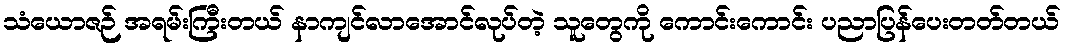
သံယောဇဉ် အရမ်းကြီးတယ် နာကျင်လာအောင်လုပ်တဲ့ သူတွေကို ကောင်းကောင်း ပညာပြန်ပေးတတ်တယ်